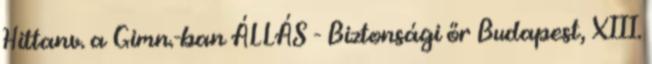
Hittanv. a Gimn.-ban ÁLLÁS - Biztonsági őr Budapest, XIII.